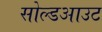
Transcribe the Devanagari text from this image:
सोल्डआउट